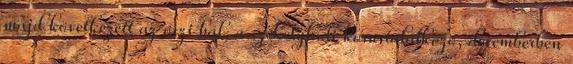
majd következett az őszi bál, a székelyhídi kórustalálkozó, decemberben